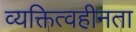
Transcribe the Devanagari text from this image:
व्यक्तित्वहीनता